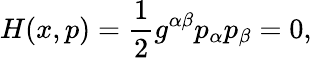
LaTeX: H(x,p)=\frac{1}{2}g^{\alpha\beta}p_{\alpha}p_{\beta}=0,